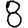
Digit: 8